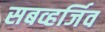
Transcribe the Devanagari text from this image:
सबव्हर्जिव